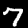
Label: 7